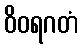
ဝိဝရဂတံ